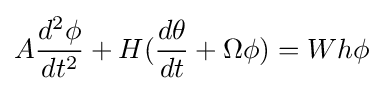
A{\frac {d^{2}\phi }{dt^{2}}}+H({\frac {d\theta }{dt}}+\Omega \phi )=Wh\phi